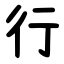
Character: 行